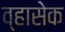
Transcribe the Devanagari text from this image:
व्हासेक